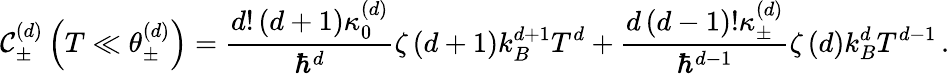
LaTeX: \mathcal{C}_{\pm}^{\left(d\right)}\left(T\ll\theta_{\pm}^{\left(d\right)}\right)=\frac{{d!\left(d+1\right)\kappa_{0}^{\left(d\right)}}}{{\hbar^{d}}}\zeta\left(d+1\right)k_{B}^{d+1}T^{d}+\frac{{d\left(d-1\right)!\kappa_{\pm}^{\left(d\right)}}}{{\hbar^{d-1}}}\zeta\left(d\right)k_{B}^{d}T^{d-1}\, .